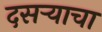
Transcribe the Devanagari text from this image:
दसऱ्याचा